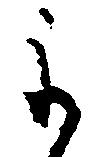
よ